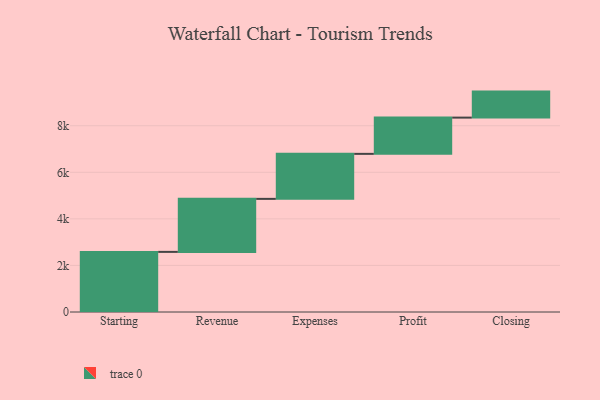
{"axis": {"x": "Step", "y": "Value"}, "legend": [""], "data": [{"x": "Starting", "y": 2582.0, "type": ""}, {"x": "Revenue", "y": 2277.0, "type": ""}, {"x": "Expenses", "y": 1933.0, "type": ""}, {"x": "Profit", "y": 1557.0, "type": ""}, {"x": "Closing", "y": 1117.0, "type": ""}]}